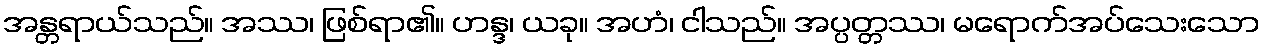
အန္တရာယ်သည်။ အဿ၊ ဖြစ်ရာ၏။ ဟန္ဒ၊ ယခု။ အဟံ၊ ငါသည်။ အပ္ပတ္တဿ၊ မရောက်အပ်သေးသော